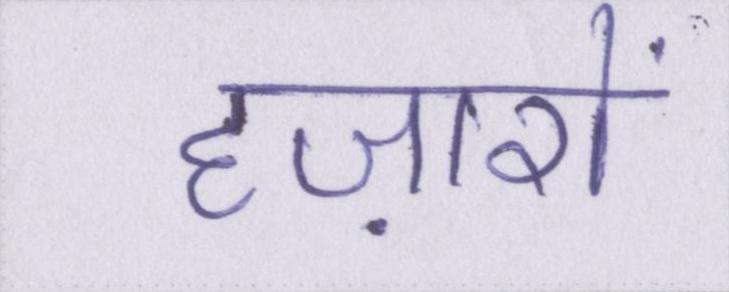
हज़ारों